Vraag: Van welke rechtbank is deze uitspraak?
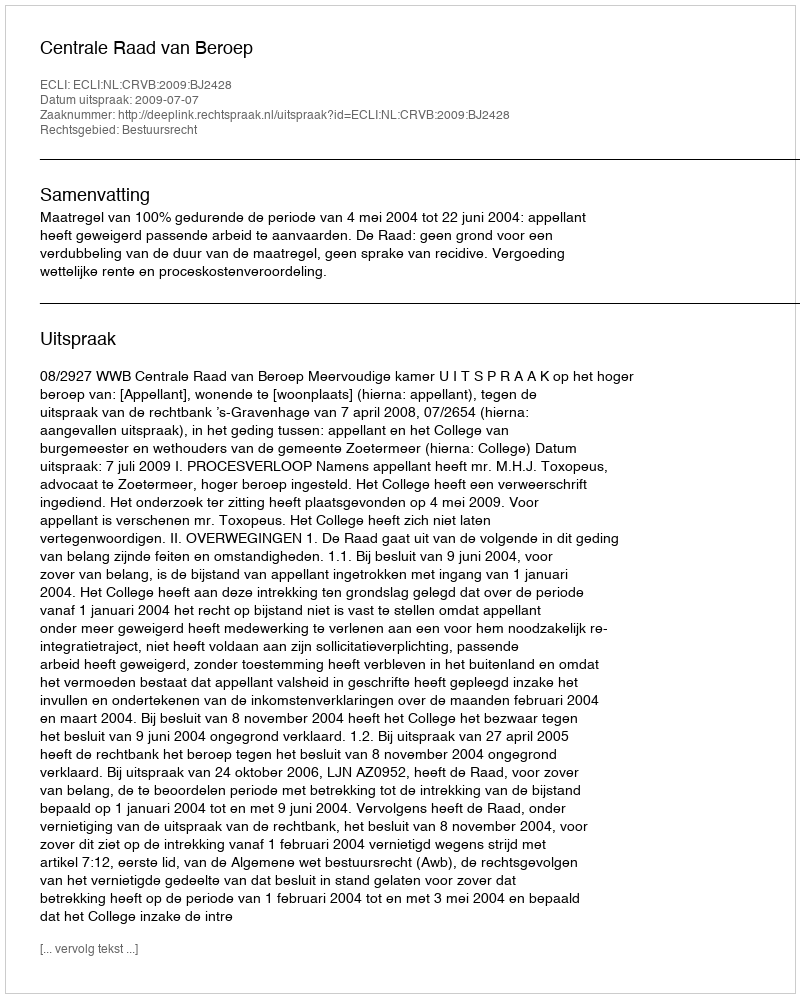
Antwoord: Centrale Raad van Beroep